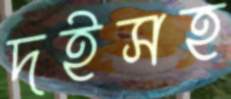
দইসহ